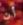
أن